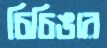
চিচিঙার